Vaccination in the Punjab 1867-1880 - 1867-1880
Year: 1867
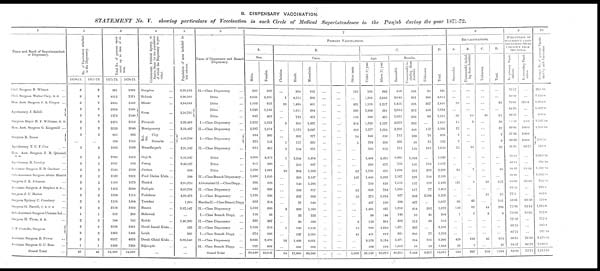
B. DISPENSARY VACCINATION.
STATEMENT
No. V. showing particulars of Vaccination in each Circle of Medical Superintendence in the Panjab during the year 1871-72.
1
Name and Rank of Superintendent
of Dispensary.
Civil Surgeon R. Wilmot ...
Civil Surgeon Walter Cary, M. D ...
Hon. Asst. Surgeon J. A. Cooper ...
Apothecary J. Rehill
Surgeon Major H. F. Williams, M. D.
Hon. Asst. Surgeon G. Kingsmill ...
Surgeon R. Rouse
...
Apothecary T. C. F. Cox ...
Hon. Asst. Surgeon J. R. Quinnell,
M D. ...
Apothecary R. Crosley ...
Assistant Surgeon E. B. Gardner ...
Sub-Assistant Surgeon Abdul Hamid
Surgeon J. R. Johnson ...
Assistant Surgeon A Stephen M. D.,..
Suigeon J. C. Morice ...
Surgeon Sydney C. Courtney ...
Surgeon G. Farrell, F. R. C. S. ...
Sub-Assistant Surgeon Channu Lal...
Surgeon H. Thom, m. d.
...
C P. Costcllo, Surgeon
Assistant Surgeon R. Power ...
Assistant Surgeon G. C. Ross ...
Grand Total ...
2
No. of Vaccinators attached
to the Dispensary.
1870-71.
2
2
2
2
2
2
2
2
...
2
2
3
2
2
2
2
2
2
2
1
2
2
2
2
1
47
1871-72.
2
2
2
2
2
2
2
2
...
2
2
2
2
2
2
2
2
2
2
1
2
2
2
2
1
46
3
Total No. of persons vacci-
nated up to date of re-
turn.
1871-72.
531
4912
3105
2834
1372
2475
3923
895
524
1082
7839
1087
2245
2539
1585
1462
1324
1158
2158
252
544
2128
1262
6957
1109
54,596
1870-71.
1368
7271
2448
2136
2140 J
3110
3840
806
1345
1099
2412
902
2199
2461
1679
3880
1115
1504
1692
260
145
2491
1486
4328
1308
54,082
4
Collectorate Political Agency, or
Native State for the population
of which the Dispensary is pro-
vided.
Gurgáon ...
Rohtak ...
Hissár ...
Sirsa
...
Fírozpúr
...
Montgomery ...
Mul-
tán
City ...
Suburbs ...
Muzaffargarh ...
Gujrát ...
Jhang ...
Jhelam ...
Pind Dádan Khán ...
Hazard ...
Sháhpúr ...
Peshawar ...
Yusafzai ...
Bannú ...
Miánwali
...
Kohát ...
Derah Ismail Khán...
Leiah ...
Derah Ghází Khán...
Rájunpúr ...
...
5
Population of area included in
last
column.
6,90,522
5,36,995
4,84,0S1
2,10,795
5,33,416
3,59,437
4,59,780
2,95,547
6,16,347
3,48,027
988
500
3,64,324
3,68,796
4,98,479
1,964
2,87,547
...
1,40,209
533
389
3,08,840
...
...
6
Name of Dispensary and Branch
Dispensary.
II.—Class Dispensary ...
Ditto ...
Ditto ...
Ditto ...
Ditto ...
I.—Class Dispensary ...
II.—Class Dispensary ...
I.—Class Dispensary
II.—Class Dispensary ...
Ditto ...
Ditto ...
Ditto ...
II.—Class Branch Dispensary...
Abbottabád II.—Class Dispy...
II.—Class Dispensary ...
I.—Class Dispensaiy ...
Mardán II.—Class Branch Dispy.
II.—Class Dispensary ...
I.—Class Branch Dispy. ...
II.—Class Dispensary ...
II.—Class Dispensary ...
I.—Class Branch Dispy. ...
II.—Class Dispensary ...
II.—Class Branch Dispy. ...
Grand Total ...
7
PRIMARY VACCINATIONS.
A.
Sex.
Males.
265
2,631
1,593
1,648
842
1,222
2,2S7
584
379
615
4,366
857
1,208
1,480
900
826
1,193
663
1,192
156
337
1,198
674
3,836
797
30,449
Females.
266
2,281
823
1,186
469
1,233
1,614
309
143
435
3,473
500
1,001
1,059
528
636
106
354
680
88
207
910
589
2,470
286
22,646
B.
Caste.
Christian.
...
1
10
...
...
9
...
...
1
5
1
...
10
...
...
...
...
...
3
...
...
1
...
13
...
54
Hindu.
204
4,515
1,494
1,611
728
205
1,572
302
177
154
2,344
250
304
205
140
583
387
77
309
22
30
136
127
1,432
501
17,809
Mussalmán.
162
396
481
984
473
1,887
2,047
577
339
891
5,494
807
1,833
2,147
1,288
817
902
940
1,560
222
508
1,956
1,095
4,861
582
33,249
...
...
...
...
...
...
...
...
...
...
...
...
...
...
...
...
...
...
...
...
...
...
...
...
...
...
...
...
...
...
...
...
...
...
...
...
...
...
...
...
...
...
...
...
...
...
...
...
...
...
...
...
Other casts.
165
...
431
239
110
354
282
14
5
...
...
...
62
187
...
62
10
...
...
...
6
15
41
...
...
1,983
C.
Age.
Under (1) year.
188
1,266
1,199
2,303
886
1,328
2,277
343
224
198
3,404
380
1,798
1,440
799
668
275
467
1,435
98
150
798
451
3,172
573
26,120
Above (1) year.
343
3,646
1,217
531
425
1,127
1,624
550
298
852
4,435
677
411
1,099
629
794
1,024
550
437
146
394
1,310
812
3,134
510
26,975
Results.
Successful.
358
3,645
1,451
2,014
1,025
2,073
3,296
712
439
711
6,005
753
1,698
2,167
1,152
1,268
837
590
1,216
148
382
1,871
981
5,471
1,012
42,275
Unsuccessful,in-
cluding those
doubtful.
138
881
598
362
206
382
448
103
58
158
1,834
186
222
228
157
117
243
427
454
55
112
237
205
584
58
7,443
Unknown.
35
386
367
458
80
...
157
78
25
181
...
118
289
144
119
77
2,196
...
202
41
50
...
77
251
13
3,377
D.
Total.
531
4,912
2,416
2,834
1,311
2,455
3,901
893
522
1,050
7,839
1,057
2,209
2,539
1,428
1,462
1,299
1,017
1,872
244
544
2,108
1,263
6,306
1.083
53,095
8
RE-VACCINATIONS.
A.
Successful.
...
...
28
...
36
15
22
2
2
22
...
...
34
...
121
...
...
98
150
1
...
...
...
428
21
980
B.
Unsuccessful, includ-
ing those doubtful
...
...
...
...
15
5
...
...
...
10
...
...
2
...
4
...
...
43
92
5
...
...
...
182
5
367
C.
Unknown.
...
...
...
...
10
...
...
...
...
...
...
...
...
...
32
...
25
...
44
2
...
...
...
41
...
154
D.
Total.
...
...
32
...
61
20
22
2
2
32
...
...
36
...
157
25
141
286
8
...
...
...
651
26
1501
9
PERCENTAGE OF
SUCCSSFUL CASES
EXCLUDING THOSE
UNKNOWN FROM
THE TOTAL.
In primary Vacci-
nations.
76.07
80.50
70.81
84.76
83.27
81.43
88.05
87.36
88 33
81.81
76.42
80.19
88.43
90.48
88.08
91.55
77.5
58.01
72.80
72.90
77.32
88.75
82.71
90.35
94.57
84.99
In secondary Vacci-
nation.
...
...
875.0
...
...
75.0
100.0
100.0
100.0
68.75
...
...
94.44
...
96.80
...
...
69.50
62.14
16.66
...
...
...
70.16
80 76
72.75
10
Average No. of persons Vaccin-
ated by each Vaccinator.
265.50
2,450 0
1,224 0
1,417.0
686.0
1 237.50
1,961.05
700.50
541.0
3,919.50
528.50
1,122.50
1,122.50
792.50
731.0
662.0
579.0
1,079.0
252.0
272.0
105.0
631.50
3,478.05
1,409.0
1,213.24